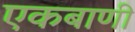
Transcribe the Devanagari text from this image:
एकबाणी